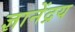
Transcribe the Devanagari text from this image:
ज्ञानेंद्रय